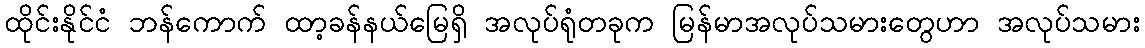
ထိုင်းနိုင်ငံ ဘန်ကောက် ထာ့ခန်နယ်မြေရှိ အလုပ်ရုံတခုက မြန်မာအလုပ်သမားတွေဟာ အလုပ်သမား